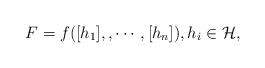
LaTeX: \begin{align*}F=f([h_{1}],,\cdots,[h_{n}]),h_{i}\in\mathcal{H},\end{align*}